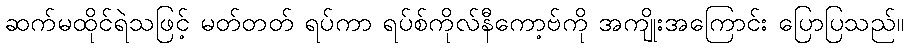
ဆက်မထိုင်ရဲသဖြင့် မတ်တတ် ရပ်ကာ ရပ်စ်ကိုလ်နီကော့ဗ်ကို အကျိုးအကြောင်း ပြောပြသည်။